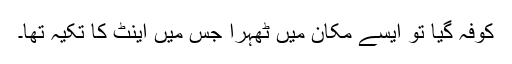
کوفہ گیا تو ایسے مکان میں ٹھہرا جس میں اینٹ کا تکیہ تھا۔